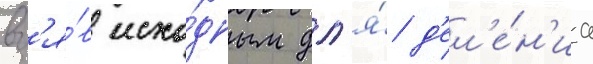
вз'я́в исхо́дным дл'я́ д'ел'е́н'иа